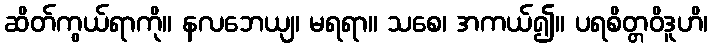
ဆိတ်ကွယ်ရာကို။ နလဘေယျ၊ မရရာ။ သစေ၊ အကယ်၍။ ပရစိတ္တဝိဒူဟိ၊